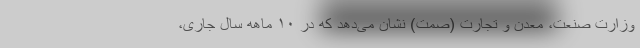
وزارت صنعت، ‌معدن و تجارت (صمت) نشان می‌دهد که در ۱۰ ماهه سال جاری،